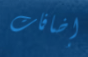
إضافات